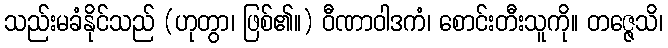
သည်းမခံနိုင်သည် (ဟုတွာ၊ ဖြစ်၏။) ဝီဏာဝါဒကံ၊ စောင်းတီးသူကို။ တဇ္ဇေသိ၊